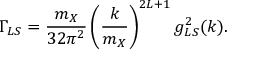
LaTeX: \Gamma _ { L S } = { \frac { m _ { X } } { 3 2 \pi ^ { 2 } } } \left( { \frac { k } { m _ { X } } } \right) ^ { 2 L + 1 } g _ { L S } ^ { 2 } ( k ) .